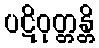
ပဋိဝုတ္တန္တိ